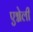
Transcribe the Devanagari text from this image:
एग्नेली